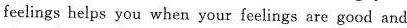
feelings helps you when your feelings are good and